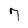
Character: 7